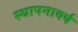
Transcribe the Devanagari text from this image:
स्थापनावर्ष